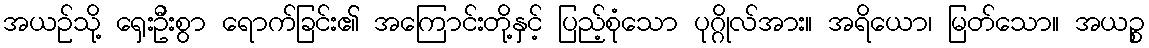
အယဉ်သို့ ရှေးဦးစွာ ရောက်ခြင်း၏ အကြောင်းတို့နှင့် ပြည့်စုံသော ပုဂ္ဂိုလ်အား။ အရိယော၊ မြတ်သော။ အယဉ္စ